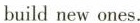
build new ones.